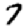
Digit: 7